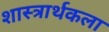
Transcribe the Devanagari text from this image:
शास्त्रार्थकला